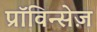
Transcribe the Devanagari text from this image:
प्राॅविन्सेज़